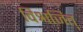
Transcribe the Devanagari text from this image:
विश्वजित्‌